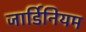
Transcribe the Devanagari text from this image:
जार्डिनियम